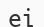
еі